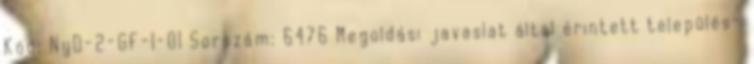
Kód: NyD-2-GF-1-01 Sorszám: 6476 Megoldási javaslat által érintett település-